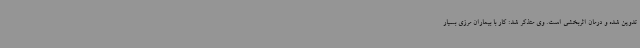
تدوین شده و درمان اثربخشی است. وی متذکر شد: کار با بیماران مرزی بسیار